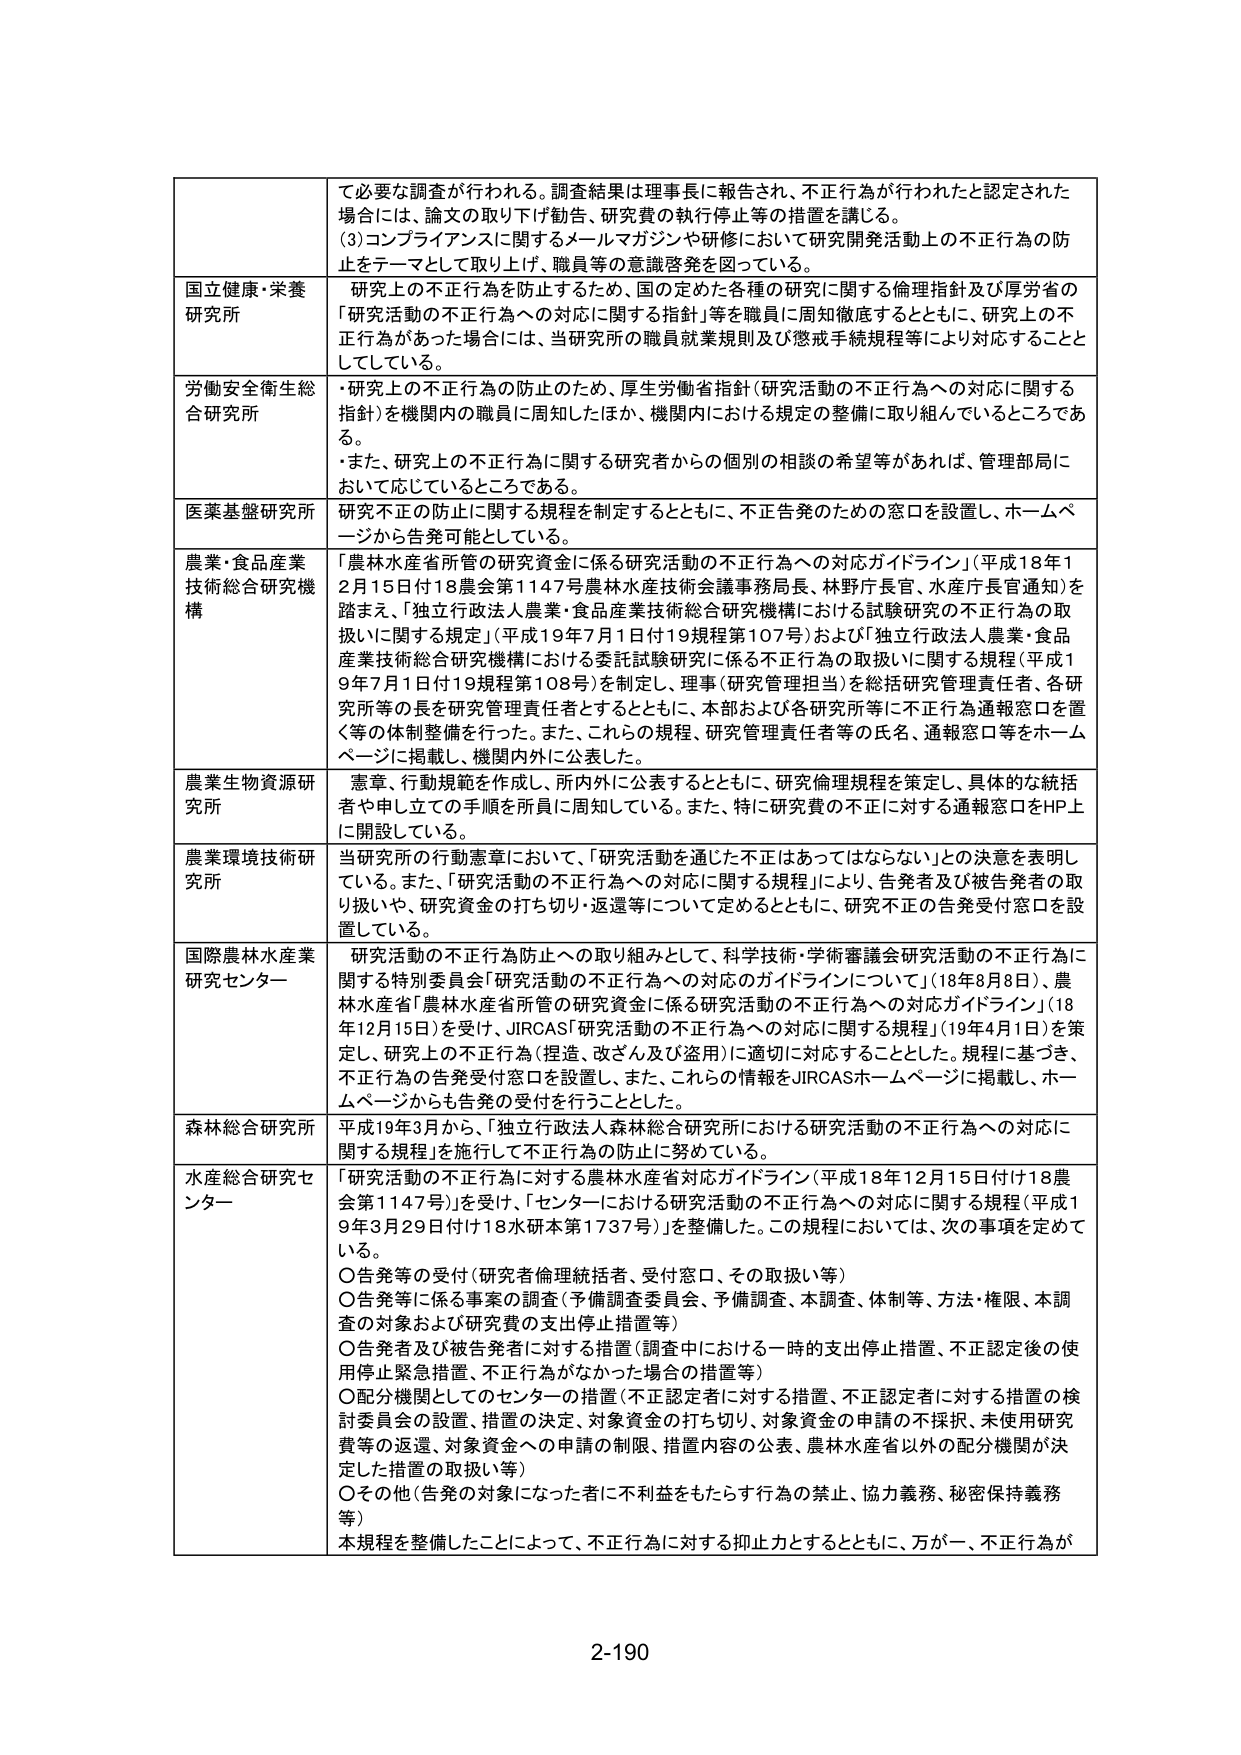
て必要な調査が行われる。調査結果は理事長に報告され、不正行為が行われたと認定された場合には、論文の取り下げ勧告、研究費の執行停止等の措置を講じる。
(3)コンプライアンスに関するメールマガジンや研修において研究開発活動上の不正行為の防止をテーマとして取り上げ、職員等の意識啓発を図っている。

国立健康・栄養研究所
研究上の不正行為を防止するため、国の定めた各種の研究に関する倫理指針及び厚労省の「研究活動の不正行為への対応に関する指針」等を職員に周知徹底するとともに、研究上の不正行為があった場合には、当研究所の職員就業規則及び懲戒手続規程等により対応することとしている。

労働安全衛生総合研究所
・研究上の不正行為の防止のため、厚生労働省指針（研究活動の不正行為への対応に関する指針）を機関内の職員に周知したほか、機関内における規定の整備に取り組んでいるところである。
・また、研究上の不正行為に関する研究者からの個別の相談の希望等があれば、管理局におい て応じているところである。

医薬基盤研究所
研究不正の防止に関する規程を制定するとともに、不正告発のための窓口を設置し、ホームページから告発可能としている。

農業・食品産業技術総合研究機構
「農林水産省所管の研究資金に係る研究活動の不正行為への対応ガイドライン」（平成18年12月15日付18農会第1147号農林水産技術会議事務局長、林野庁長官、水産庁長官通知）を踏まえ、「独立行政法人農業・食品産業技術総合研究機構における試験研究の不正行為の取扱いに関する規定」（平成19年7月1日付19規程第107号）および「独立行政法人農業・食品産業技術総合研究機構における委託試験研究に係る不正行為の取扱いに関する規程」（平成19年7月1日付19規程第108号）を制定し、理事（研究管理担当）を総括研究管理責任者、各研究所等の長を研究管理責任者とするとともに、本部および各研究所等に不正行為通報窓口を置く等の体制整備を行った。また、これらの規程、研究管理責任者等の氏名、通報窓口等をホームページに掲載し、機関内外に公表した。

農業生物資源研究所
憲章、行動規範を作成し、所内外に公表するとともに、研究倫理規程を策定し、具体的な統括者や申し立ての手順を所員に周知している。また、特に研究費の不正に対する通報窓口をHP上に開設している。

農業環境技術研究所
当研究所の行動憲章において、「研究活動を通じた不正はあってはならない」との決意を表明している。また、「研究活動の不正行為への対応に関する規程」により、告発者及び被告発者の取り扱いや、研究資金の打ち切り・返還等について定めるとともに、研究不正の告発受付窓口を設置している。

国際農林水産業研究センター
研究活動の不正行為防止への取り組みとして、科学技術・学術審議会研究活動の不正行為に関する特別委員会「研究活動の不正行為への対応のガイドラインについて」（18年8月8日）、農林水産省「農林水産省所管の研究資金に係る研究活動の不正行為への対応ガイドライン」（18年12月15日）を受け、JIRCAS「研究活動の不正行為への対応に関する規程」（19年4月1日）を策定し、研究上の不正行為（捏造、改ざん及び盗用）に適切に対応することとした。規程に基づき、不正行為の告発受付窓口を設置し、また、これらの情報をJIRCASホームページに掲載し、ホームページからも告発の受付を行うこととした。

森林総合研究所
平成19年3月から、「独立行政法人森林総合研究所における研究活動の不正行為への対応に関する規程」を施行して不正行為の防止に努めている。

水産総合研究センター
「研究活動の不正行為に対する農林水産省対応ガイドライン（平成18年12月15日付18農会第1147号）」を受け、「センターにおける研究活動の不正行為への対応に関する規程（平成19年3月29日付18水研本第1737号）」を整備した。この規程においては、次の事項を定めている。
〇告発等の受付（研究者倫理統括者、受付窓口、その取扱い等）
〇告発等に係る事案の調査（予備調査委員会、予備調査、本調査、体制等、方法・権限、本調査の対象および研究費の支出停止措置等）
〇告発者及び被告発者に対する措置（調査中における一時的支出停止措置、不正認定後の使用停止緊急措置、不正行為がなかった場合の措置等）
〇配分機関としてのセンターの措置（不正認定者に対する措置、不正認定者に対する措置の検討委員会の設置、措置の決定、対象資金の打ち切り、対象資金の申請の不採択、未使用研究費等の返還、対象資金への申請の制限、措置内容の公表、農林水産省以外の配分機関が決定した措置の取扱い等）
〇その他（告発の対象になった者に不利益をもたらす行為の禁止、協力義務、秘密保持義務等）
本規程を整備したことによって、不正行為に対する抑止力とするとともに、万が一、不正行為が

2-190